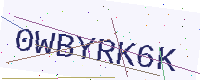
Text: 0WBYRK6K